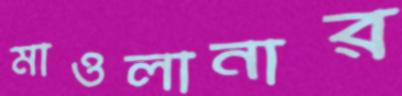
মাওলানার